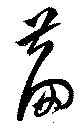
萹